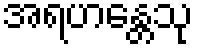
အရဟန္တေသု